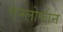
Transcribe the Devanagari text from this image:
ऐन्ग्लोफोन